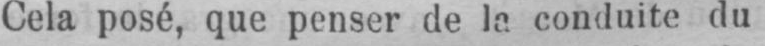
Cela posé, que penser de le conduite du